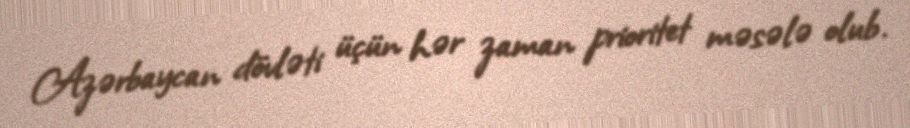
Azərbaycan dövləti üçün hər zaman prioritet məsələ olub.